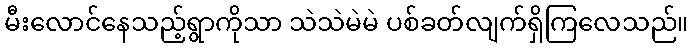
မီးလောင်နေသည့်ရွာကိုသာ သဲသဲမဲမဲ ပစ်ခတ်လျက်ရှိကြလေသည်။